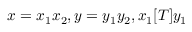
x = x _ { 1 } x _ { 2 } , y = y _ { 1 } y _ { 2 } , x _ { 1 } [ T ] y _ { 1 }